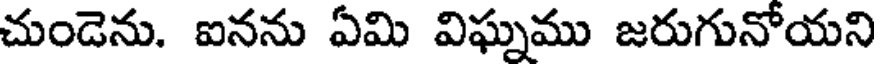
చుండెను. ఐనను ఏమి విఘ్నము జరుగునోయని